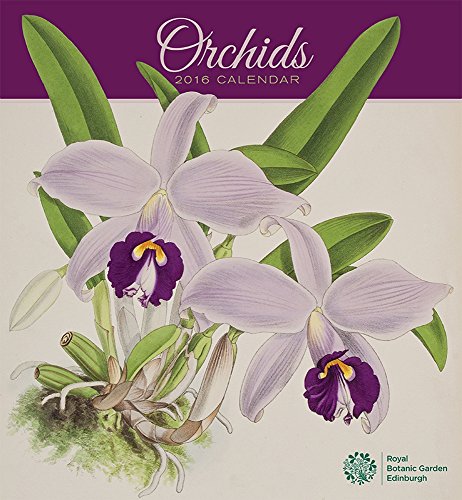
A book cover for Orchids 2016 Calendar; Calendars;